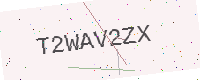
Text: T2WAV2ZX